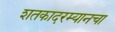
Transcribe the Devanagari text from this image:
शतकादरम्यानचा